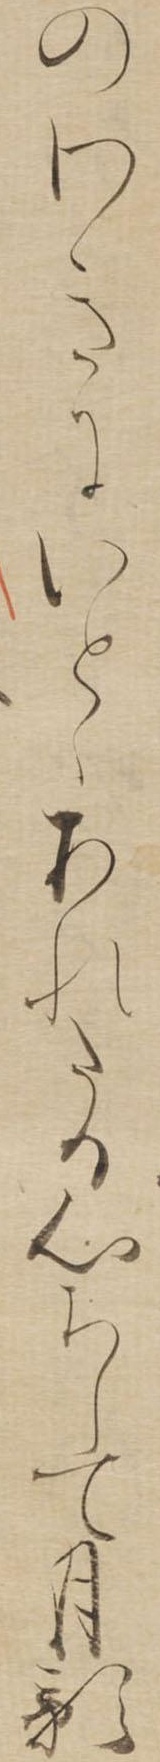
のわきにいとゝあれたる心ちして月影